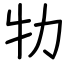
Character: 牞